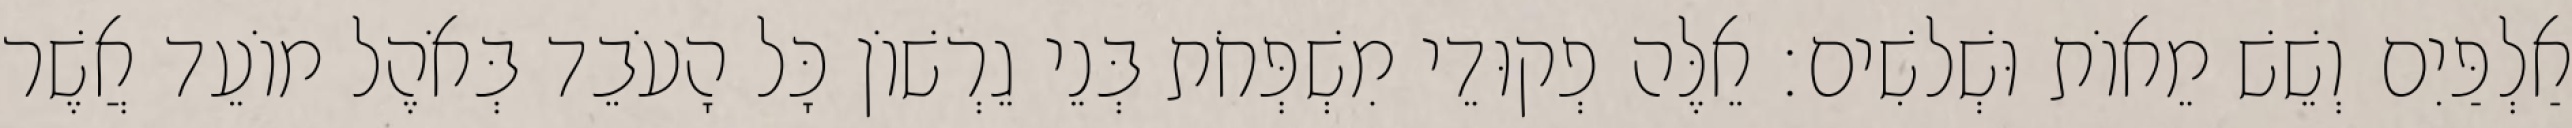
אַלְפַּיִם וְשֵׁשׁ מֵאוֹת וּשְׁלשִׁים׃ אֵלֶּה פְקוּדֵי מִשְׁפְּחֹת בְּנֵי גֵרְשׁוֹן כָּל הָעֹבֵד בְּאֹהֶל מוֹעֵד אֲשֶׁר